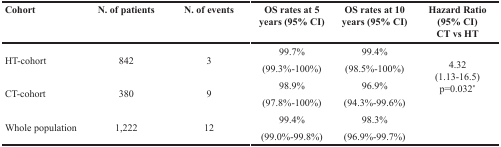
<table><thead><tr><td><b>Cohort</b></td><td><b>N. of patients</b></td><td><b>N. of events</b></td><td><b>OS rates at 5 years (95% CI)</b></td><td><b>OS rates at 10 years (95% CI)</b></td><td><b>Hazard Ratio(95% CI)CT vs HT</b></td></tr></thead><tbody><tr><td rowspan="2">HT-cohort</td><td rowspan="2">842</td><td rowspan="2">3</td><td>99.7%</td><td>99.4%</td><td rowspan="4">4.32(1.13-16.5) p=0.032<sup>*</sup></td></tr><tr><td>(99.3%-100%)</td><td>(98.5%-100%)</td></tr><tr><td rowspan="2">CT-cohort</td><td rowspan="2">380</td><td rowspan="2">9</td><td>98.9%</td><td>96.9%</td></tr><tr><td>(97.8%-100%)</td><td>(94.3%-99.6%)</td></tr><tr><td rowspan="2">Whole population</td><td rowspan="2">1,222</td><td rowspan="2">12</td><td>99.4%</td><td>98.3%</td><td rowspan="2"></td></tr><tr><td>(99.0%-99.8%)</td><td>(96.9%-99.7%)</td></tr></tbody></table>